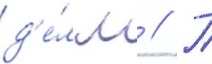
д'е́л м // П